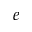
e